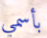
بأسمي